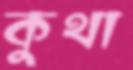
কুথা